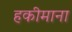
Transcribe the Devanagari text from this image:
हकीमाना